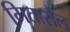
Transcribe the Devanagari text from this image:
मितारौल